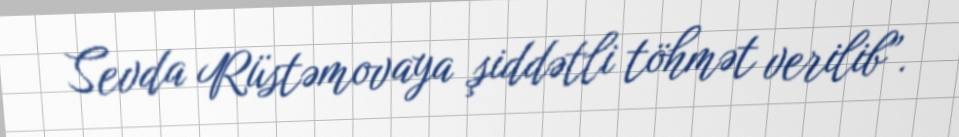
Sevda Rüstəmovaya şiddətli töhmət verilib”.